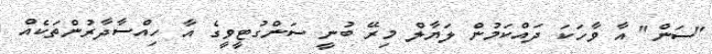
"ސަން" އާ ވާހަކަ ދައްކަމުން ލަޔާލް މިރޭ ބުނީ ސަންގުޓީވީގެ އާ ހިއްސާދާރުންތަކެއް